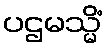
ပဌမသ္မိံ